Mental hospitals Bombay report 1929-33 - 1929-1933
Year: 1929
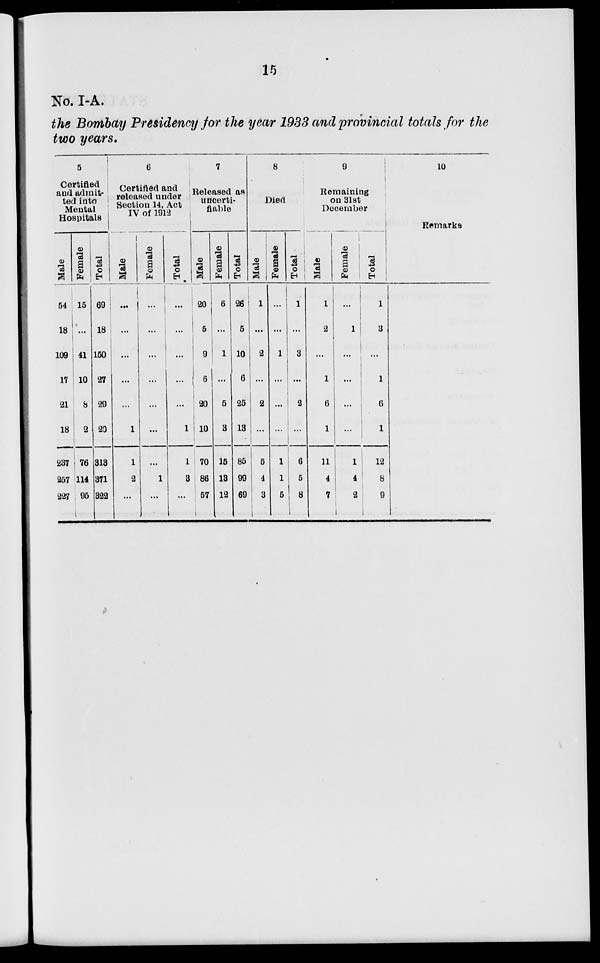
15
No. I-A.
the Bombay Presidency for the year 1933 and provincial totals for the
two years.
5
Certified
and admit-
ted into
Mental
Hospitals
Male
54
18
109
17
21
18
237
257
227
Female
15
...
41
10
8
2
76
114
95
Total
69
18
150
27
29
20
313
371
322
6
Certified and
released under
Section 14, Act
IV of 1912
Male
...
...
...
...
...
1
1
2
...
Female
...
...
...
...
...
...
...
1
...
Total
...
...
...
...
...
1
1
3
...
7
Released as
uncerti-
fiable
Male
20
5
9
6
20
10
70
86
57
Female
6
...
1
...
5
3
15
13
12
Total
26
5
10
6
25
13
85
99
69
8
Died
Male
1
...
2
...
2
...
5
4
3
Female
...
...
1
...
...
...
1
1
5
Total
1
...
3
...
2
...
6
5
8
9
Remaining
on 31st
December
Male
1
2
...
1
6
1
11
4
7
Female
...
1
...
...
...
...
1
4
2
Total
1
3
...
1
6
1
12
8
9
10
Remarks